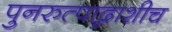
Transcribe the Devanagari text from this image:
पुनरुत्पाद्नाशीच